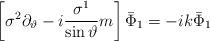
LaTeX: \begin{align*}\left[ \sigma ^2\partial _\vartheta -i\frac{\sigma ^1}{\sin\vartheta }m\right] \bar \Phi _1=-ik\bar \Phi _1\end{align*}